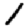
Digit: 1